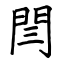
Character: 閆